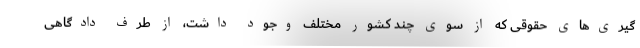
گیری‌های حقوقی که از سوی چند کشور مختلف وجود داشت، از طرف دادگاهی